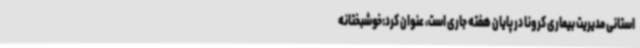
استانی مدیریت بیماری کرونا در پایان هفته جاری است، عنوان کرد:خوشبختانه